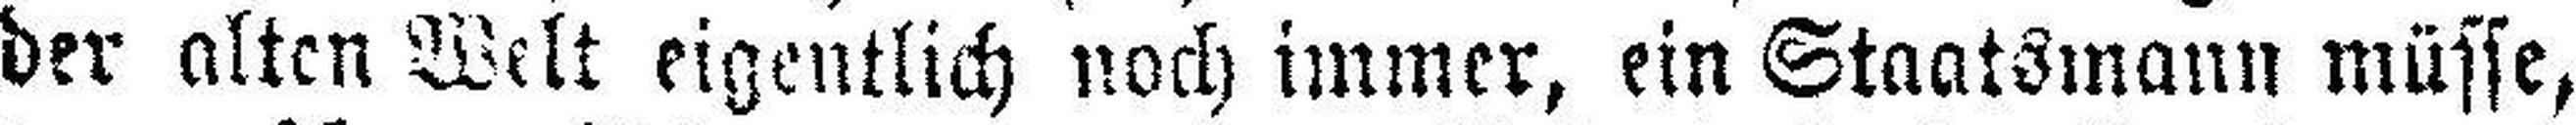
der alten Welt eigentlich noch immer, ein Staatsmann müsse,